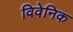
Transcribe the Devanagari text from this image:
विवेनिक